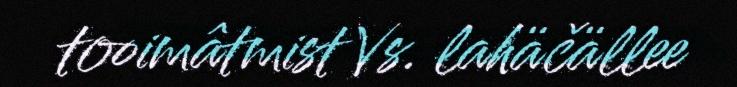
tooimâtmist Vs. lahäčällee